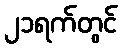
၂၁ရက်တွင်